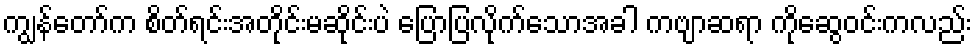
ကျွန်တော်က စိတ်ရင်းအတိုင်းမဆိုင်းပဲ ပြောပြလိုက်သောအခါ ကဗျာဆရာ ကိုဆွေဝင်းကလည်း